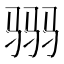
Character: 𱅒